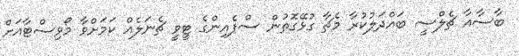
ބާސާއާ ޗެލްސީ ބައްދަލުކުރާ މެޗާ ގުޅޭގޮތުން ސްޕެއިންގެ ޓީވީ ޗެނަލެއް ކަމަށްވާ މޯވިސްޓާއަށް